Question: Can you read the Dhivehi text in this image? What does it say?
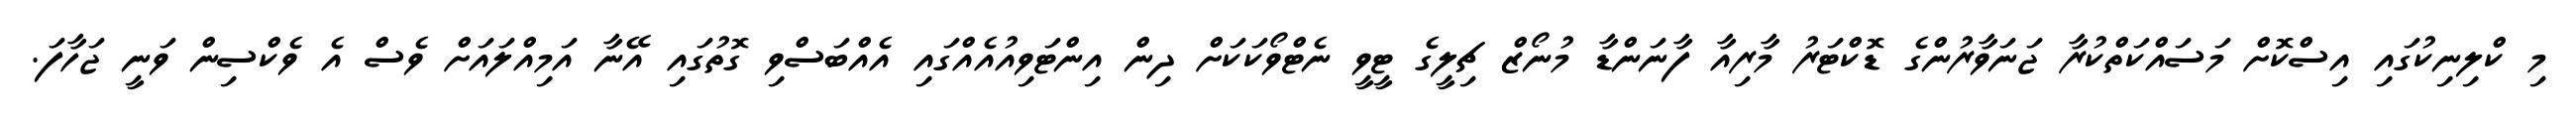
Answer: މި ކްލިނިކުގައި އިސްކޮށް މަސައްކަތްކުރާ ޖަނަވާރުންގެ ޑޮކްޓަރު މާރިއާ ފާނަންޑާ މުނޯޒް ޗިލީގެ ޓީވީ ނެޓްވޯކަކަށް ދިން އިންޓަވިއުއެއްގައި އެއްބަސްވި ގޮތުގައި އޭނާ އަމިއްލައަށް ވެސް އެ ވެކްސިން ވަނީ ޖަހާފަ.